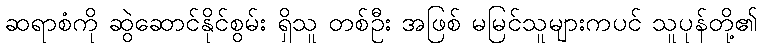
ဆရာစံကို ဆွဲဆောင်နိုင်စွမ်း ရှိသူ တစ်ဦး အဖြစ် မမြင်သူများကပင် သူပုန်တို့၏